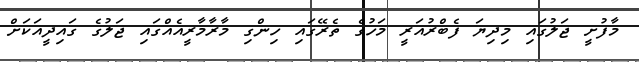
މާފުށީ ޖަލުގައި މިދިޔަ ފެބްރުއަރީ މަހުގެ ތެރޭގައި ހިންގި މާރާމާރީއެއްގައި ޖަލުގެ ގައިދީއަކަށް